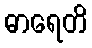
ဓာရေတိ